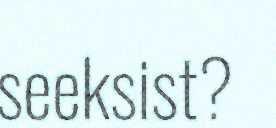
seeksist?